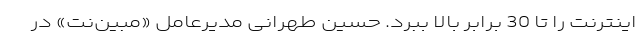
اینترنت را تا 30 برابر بالا ببرد. حسین طهرانی مدیرعامل «مبین‌نت» در